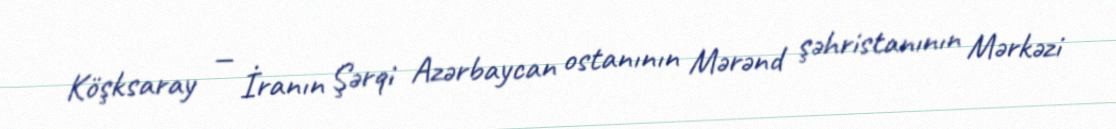
Köşksaray — İranın Şərqi Azərbaycan ostanının Mərənd şəhristanının Mərkəzi